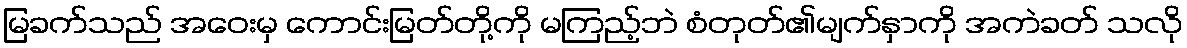
မြခက်သည် အဝေးမှ ကောင်းမြတ်တို့ကို မကြည့်ဘဲ စံတုတ်၏မျက်နှာကို အကဲခတ် သလို